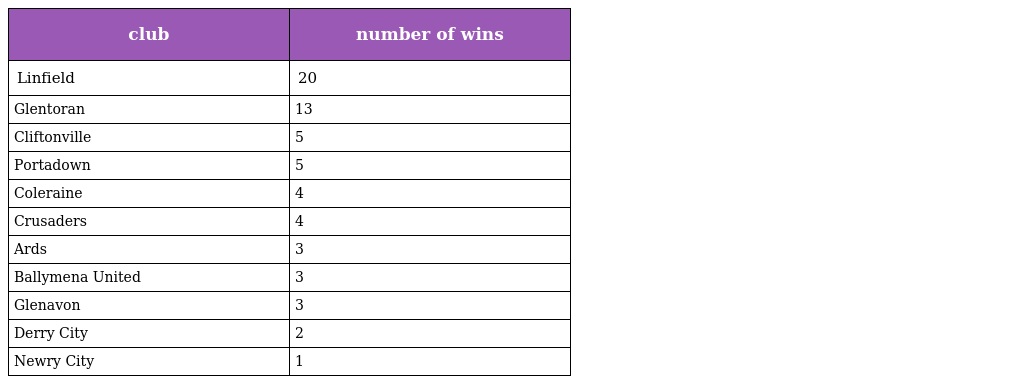
| club | number of wins |
 | --- | --- |
 | Linfield | 20 |
 | Glentoran | 13 |
 | Cliftonville | 5 |
 | Portadown | 5 |
 | Coleraine | 4 |
 | Crusaders | 4 |
 | Ards | 3 |
 | Ballymena United | 3 |
 | Glenavon | 3 |
 | Derry City | 2 |
 | Newry City | 1 |